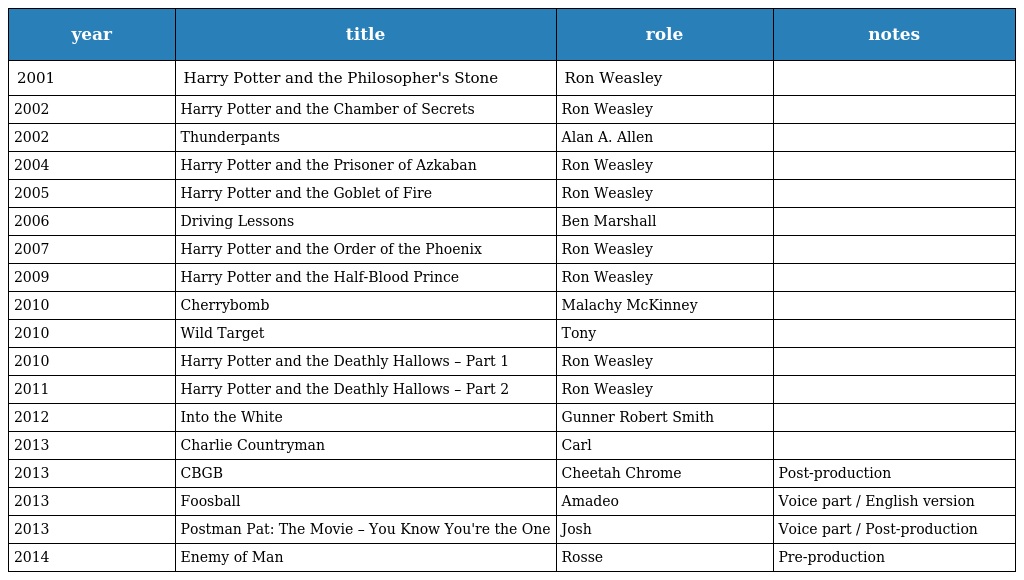
| year | title | role | notes |
 | --- | --- | --- | --- |
 | 2001 | Harry Potter and the Philosopher's Stone | Ron Weasley |  |
 | 2002 | Harry Potter and the Chamber of Secrets | Ron Weasley |  |
 | 2002 | Thunderpants | Alan A. Allen |  |
 | 2004 | Harry Potter and the Prisoner of Azkaban | Ron Weasley |  |
 | 2005 | Harry Potter and the Goblet of Fire | Ron Weasley |  |
 | 2006 | Driving Lessons | Ben Marshall |  |
 | 2007 | Harry Potter and the Order of the Phoenix | Ron Weasley |  |
 | 2009 | Harry Potter and the Half-Blood Prince | Ron Weasley |  |
 | 2010 | Cherrybomb | Malachy McKinney |  |
 | 2010 | Wild Target | Tony |  |
 | 2010 | Harry Potter and the Deathly Hallows – Part 1 | Ron Weasley |  |
 | 2011 | Harry Potter and the Deathly Hallows – Part 2 | Ron Weasley |  |
 | 2012 | Into the White | Gunner Robert Smith |  |
 | 2013 | Charlie Countryman | Carl |  |
 | 2013 | CBGB | Cheetah Chrome | Post-production |
 | 2013 | Foosball | Amadeo | Voice part / English version |
 | 2013 | Postman Pat: The Movie – You Know You're the One | Josh | Voice part / Post-production |
 | 2014 | Enemy of Man | Rosse | Pre-production |